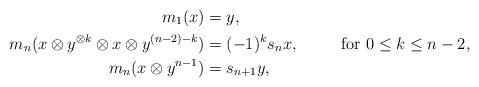
LaTeX: \begin{align*}m_1(x) & = y,\\m_n(x \otimes y^{\otimes k} \otimes x \otimes y^{(n-2)-k} )&= (-1)^ks_n x, & \textrm{ for } 0 \leq k \leq n-2,\\m_n(x \otimes y^{n-1}) &= s_{n+1}y, &\end{align*}